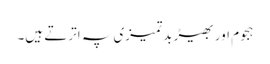
ہجوم اور بھیڑ بدتمیزی پہ اترتے ہیں۔